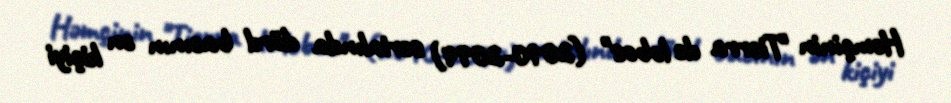
Həmçinin "Tierra de lobos" (2010-2014) serialında dörd bacının ən kiçiyi